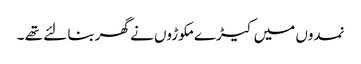
نمدوں میں کیڑے مکوڑوں نے گھربنا لئے تھے ۔